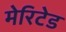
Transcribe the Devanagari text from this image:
मेरिटेड